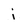
Character: i